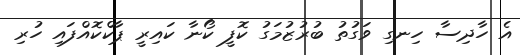
އެ ހާދިސާ ހިނގި ވަގުތު ބުރުޒުމަގު ކޮފީ ކޯނާ ކައިރީ ޕާކްކޮއްފައި ހުރި